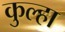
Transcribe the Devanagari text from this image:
कुल्हा